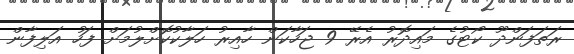
ރަތަފަންދޫ ކޯޓުގެ މައިދޮރު އެރޭ 9 ޖަހާކަން ހާއިރު ހަލާކުކޮށްލުމަށް ފަހު އަލިފާން